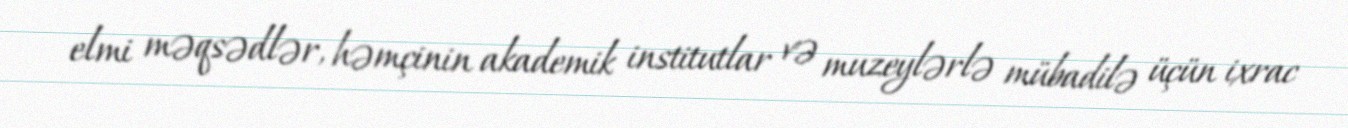
elmi məqsədlər, həmçinin akademik institutlar və muzeylərlə mübadilə üçün ixrac